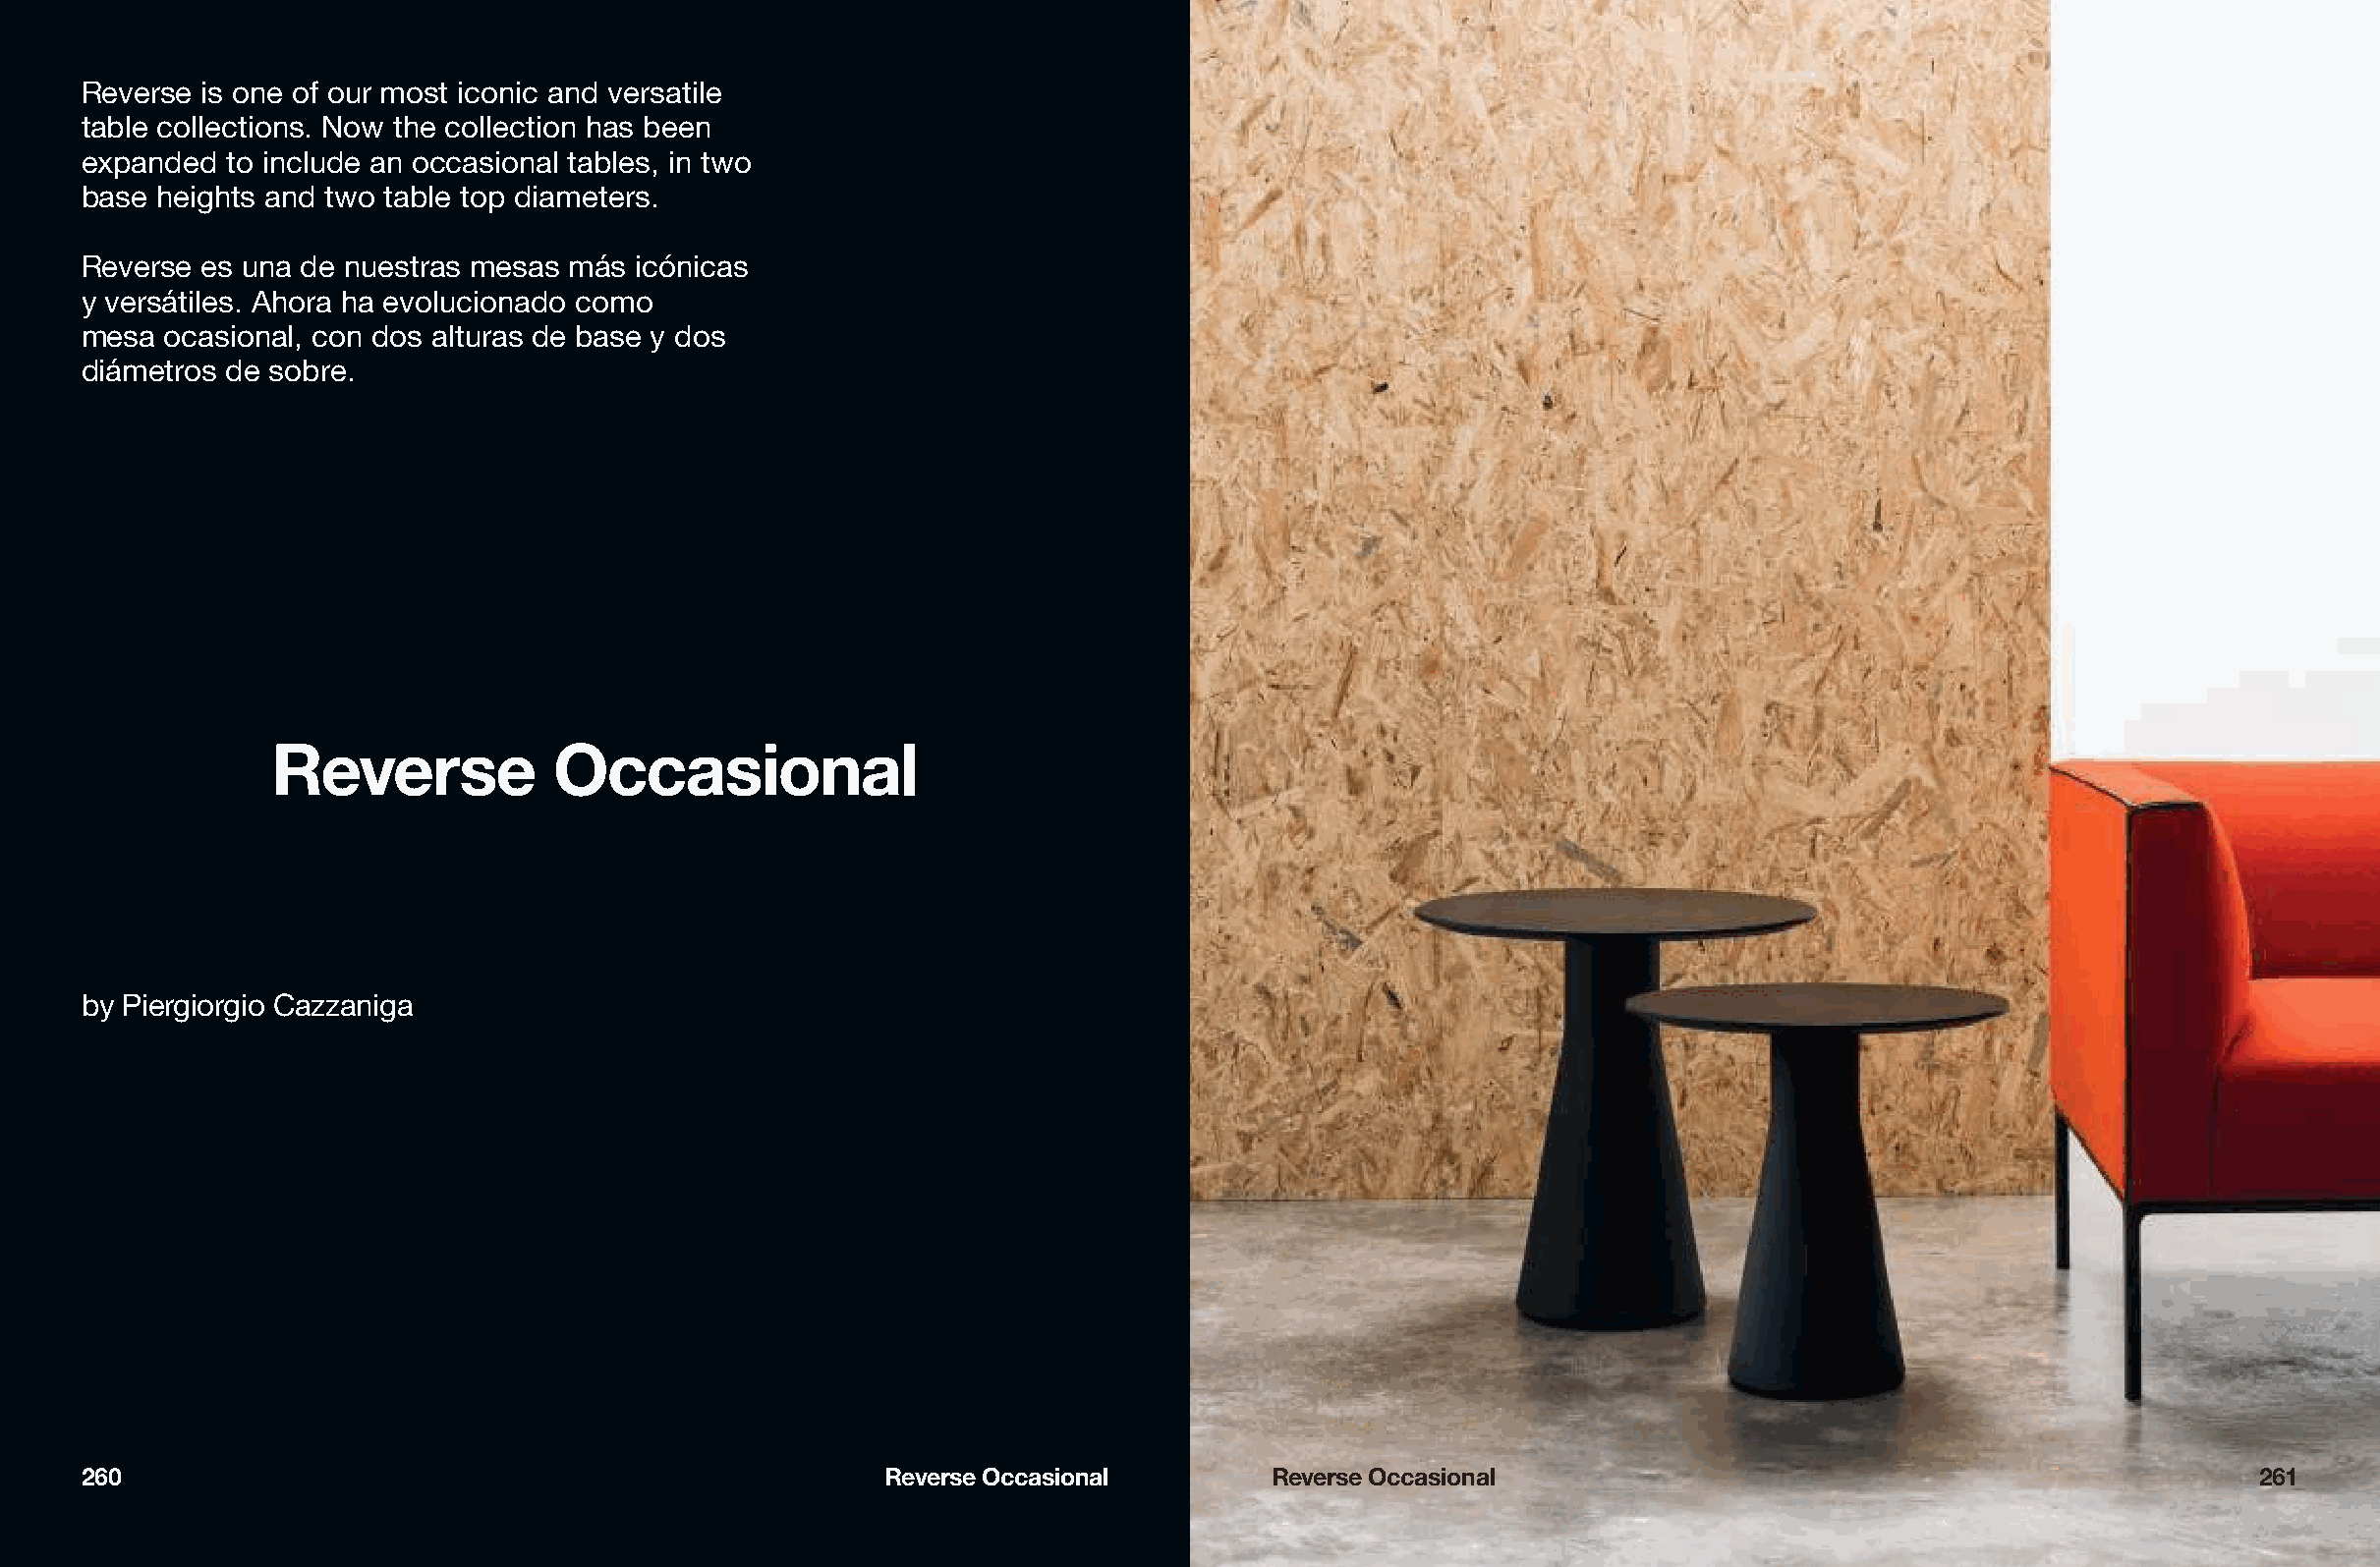
Reverse  is one of our most iconic and versatile
 table collections. Now the collection has been
 expanded  to include an occasional tables, in two
 base  heights and two table top diameters.
 Reverse  es una de nuestras mesas más icónicas
 y versátiles. Ahora ha evolucionado como
 mesa  ocasional, con dos alturas de base y dos
 diámetros de sobre.
 Reverse            Occasional
 by Piergiorgio Cazzaniga
 260                                                    Reverse Occasional        Reverse Occasional                                                261